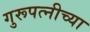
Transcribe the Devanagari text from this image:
गुरूपत्नीच्या